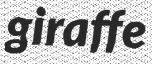
giraffe